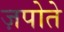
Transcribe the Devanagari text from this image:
ज़पोते